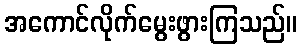
အကောင်လိုက်မွေးဖွားကြသည်။